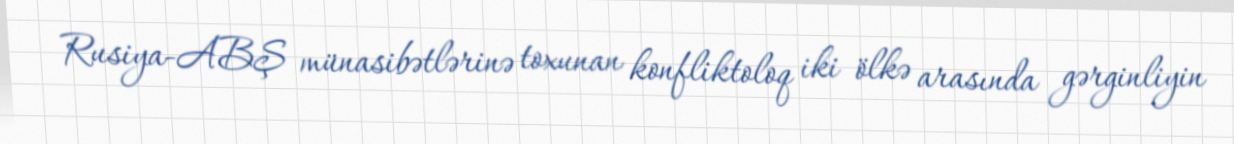
Rusiya-ABŞ münasibətlərinə toxunan konfliktoloq iki ölkə arasında gərginliyin